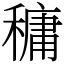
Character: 𥡲